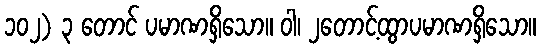
၁၀၂) ၃ တောင် ပမာဏရှိသော။ ဝါ၊ ၂တောင့်ထွာပမာဏရှိသော။